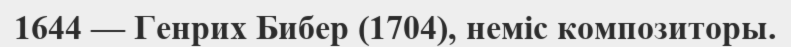
1644 — Генрих Бибер (1704), неміс композиторы.